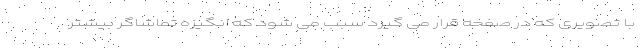
با تصویری که در صفحه قرار می گیرد سبب می شود که انگیزه تماشاگر بیشتر